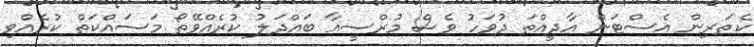
ކެތަރިން އެސްޓަން އާދީއްތަ ދުވަހު ވެސް މުރްސީއާ ބައްދަލު ކުރެއްވޭތޯ މަސައްކަތް ކުރެއްވި